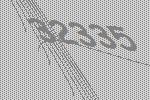
32335